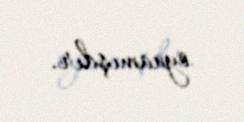
oynamışdır.